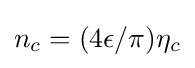
n_{c}=(4\epsilon /\pi )\eta _{c}